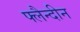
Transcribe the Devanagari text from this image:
फ्लैन्दीन